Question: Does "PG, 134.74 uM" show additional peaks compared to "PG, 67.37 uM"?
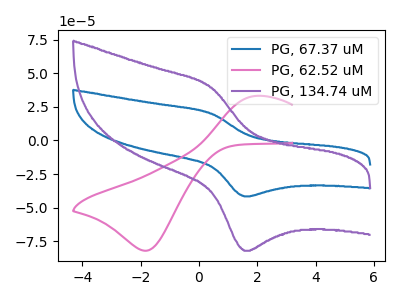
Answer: <think>The blue curve "PG, 67.37 uM" has an anodic peak at (0.45V, 19.95uA) and a cathodic peak at (1.55V, -41.65uA). The pink curve "PG, 62.52 uM" has an anodic peak at (1.95V, 33.05uA) and a cathodic peak at (-1.80V, -82.05uA). The purple curve "PG, 134.74 uM" has an anodic peak at (0.45V, 39.30uA) and a cathodic peak at (1.55V, -82.10uA).
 All the peaks in "PG, 134.74 uM" have a peak in "PG, 67.37 uM" at the same potential. Every peak in "PG, 134.74 uM" is higher than every peak in "PG, 67.37 uM".</think>
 <answer>No, "PG, 134.74 uM" and "PG, 67.37 uM" don't appear to be significantly different in shape</answer>
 <eval>no_change</eval>